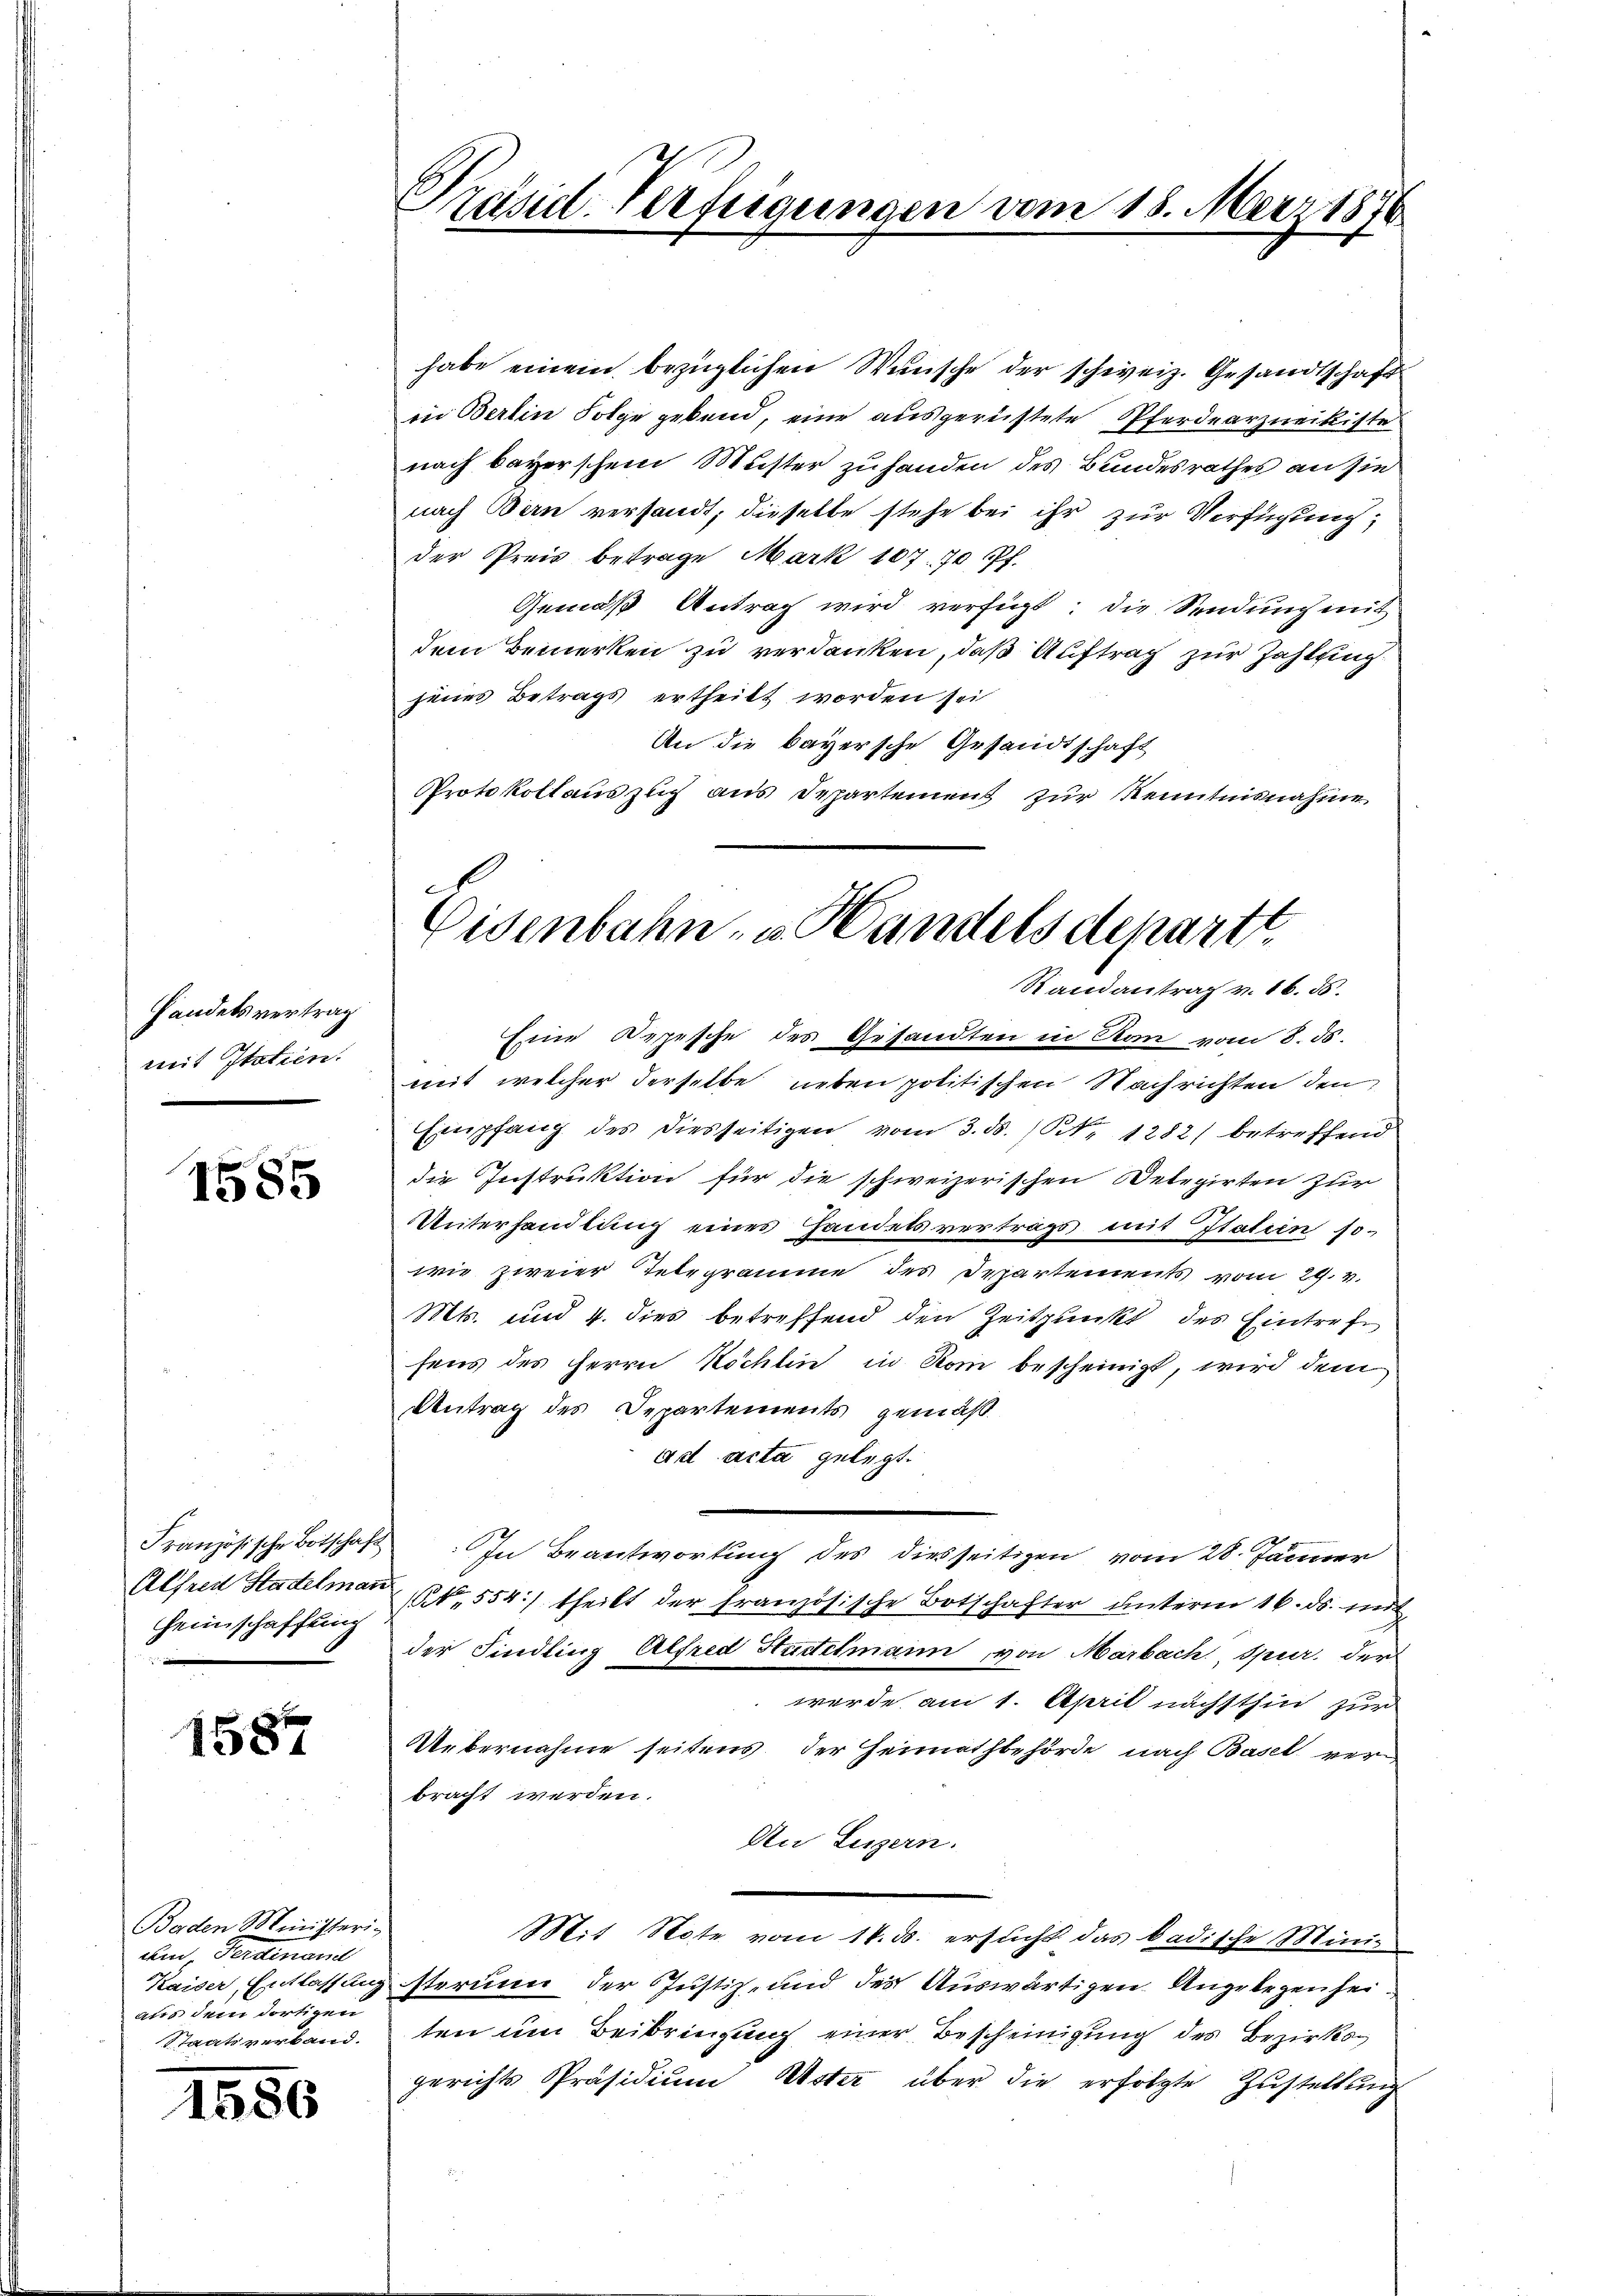
Handelsvertrag
mit Italien.

1585

Französische Botschaft
Alfred Stadelman
Heimschaffung

1587

Baden Ministeri-
Am, Ferdinand
aus dem dortigen
Staatsverband.

1556

Präsid-Verfügungen vom 18. März 1876

Eisenbahn- u. Handels departt.
Randantrag v. 16. 55.

habe einem bezüglichen Wünsche der schweiz. Gesandtschaft
in Berlin Folge gebend, eine ausgerüstete Pferdearzneikiste
nach bayerschein Muster zu handen des Bundesrathes an sie
nach Bern versandt, dieselbe stehe bei ihr zur Verfügung,
der Preis betrage Mark 107. 70 Pf.
Gemäß Antrag wird verfügt, die Sendung mit
dem Bemerken zu verdanken, daß Auftrag zur Zahlfing
jenes Betrags ertheilt worden sei
An die bayersche Gesandtschaft
Protokollauszug aus Departement zur Kenntnisnahme
Eine Depesche des Gesandten in Rom vom 8. ds.
mit welcher derselbe neben politischen Nachrichten den
Empfang des diesseitigen vom 3. ds. / Nr 1282) betreffend
die Instruktion für die schweizerischen Delegirten zur
Unterhandlung eines Handelsvertrags mit Italien 10-
wie zweier Telegramme des Departements vom 29. v.
Mts. und 4. dies betreffend den Zeitpunkt des Eintreffens des Herrn Köchlin in Rom bescheinigt, wird dem
Antrag des Departements gemäß
ad acta gelegt.
In Beantwortung des diesseitigen vom 28. Jänner
 554:) theilt der französische Botschafter unterm 16. ds. mit
der Sindling Alfred Hudtilmann, von Marbach, Spur der
werde am 1. April nächsthin zur
Uebernahme seitens der Heimathbehörde nach Basel verbracht werden.
An Luzern.
Mit Note vom 14. ds. ersucht das badische Mini
Kaiser Entlassung sterium der Justiz- und des Auswärtigen. Angelegenheiten um Beibringung einer Bescheinigung des Bezirksgerichts Präsidium Uster über die erfolgte Zustellung